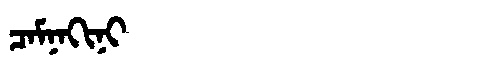
Manchu: ᠴᠠᠮᠨᠠᡴᡳᠨᡳ
Romanization: CAMNAKINI